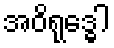
အဝိရုဒ္ဓေါ